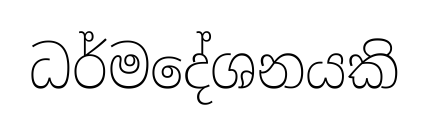
ධර්මදේශනයකි